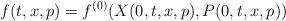
LaTeX: \begin{align*} f(t, x, p)=f^{(0)}(X(0, t, x, p), P(0, t, x, p))\end{align*}